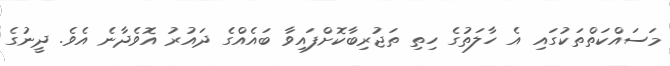
މަސައްކަތްތަކުގައި އެ ހާލަތުގެ ހިތި ތަޖުރިބާކޮށްފައިވާ ބައެއްގެ ދައުރު އޮވެދާނެ އެވެ. ދީނުގެ